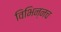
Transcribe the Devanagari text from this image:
विभिन्नच